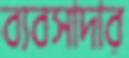
ব্যবসাদার